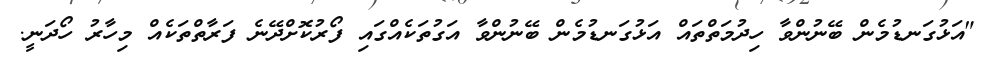
"އަޅުގަނޑުމެން ބޭނުންވާ ހިދުމަތްތައް އަޅުގަނޑުމެން ބޭނުންވާ އަގުތަކެއްގައި ފޯރުކޮށްދޭނެ ފަރާތްތަކެއް މިހާރު ހޯދަނީ.